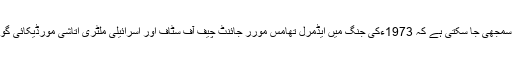
اِس کی ایک مثال اس واقعے سے سمجھی جا سکتی ہے کہ 1973ءکی جنگ میں ایڈمرل تھامس مورر جائنٹ چیف آف سٹاف اور اسرائیلی ملٹری اتاشی مورڈیکائی گور کے درمیان ایک تلخ مکالمہ ہوا۔